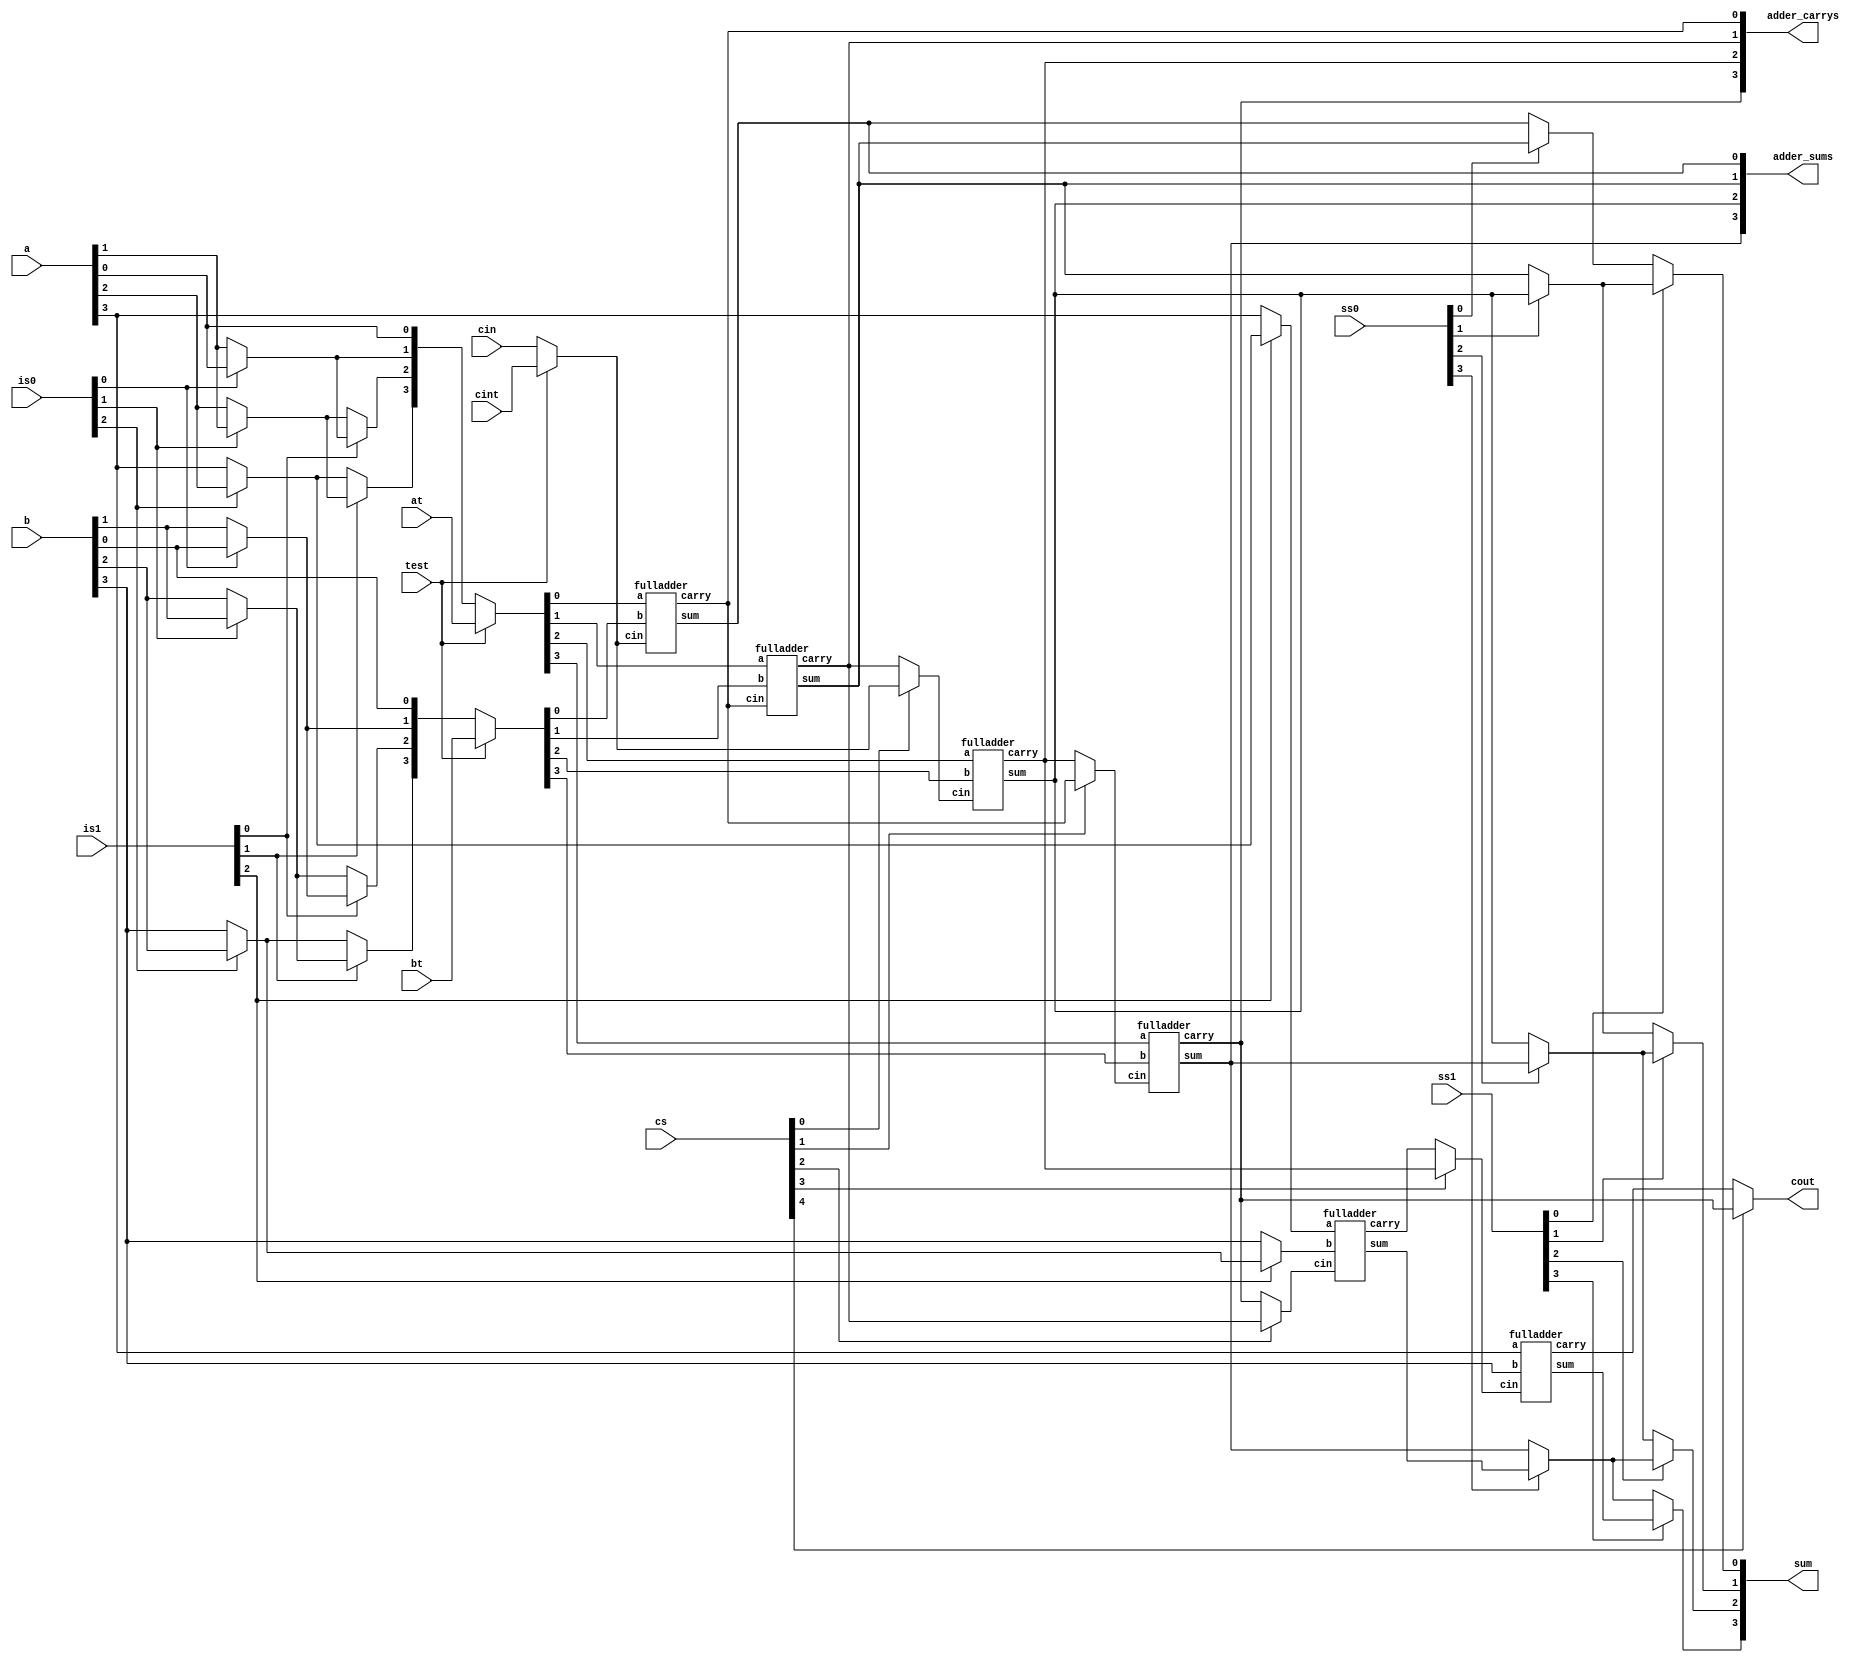
`timescale 1ns / 1ps

module rca_double(is0, is1, cs, ss0, ss1, a, b, cin, test, at, bt, cint, sum, cout, adder_sums, adder_carrys);
input wire [3:0]a, b;
input wire [3:0]at, bt;
input wire test, cin, cint;
input wire [2:0]is0, is1;
input wire [4:0]cs;
input wire [3:0]ss0, ss1;
output wire [3:0] sum;
output wire cout;
output wire [3:0]adder_sums, adder_carrys;

wire [3:0] test_muxa, test_muxb;
wire test_muxcin;
wire [2:0] s0_ina, s0_inb, s1_ina, s1_inb;
wire [5:0]s0_carry;
wire [4:0]s0_sum;
wire [5:0]fa_sum, fa_carry;
//Adder Outputs for Testing
assign adder_sums = fa_sum[3:0], adder_carrys = fa_carry[3:0];

//Stage 0 Input Selection
assign s0_ina[0] = is0[0]? a[0] : a[1],
    s0_inb[0] = is0[0]? b[0] : b[1],
    s0_ina[1] = is0[1]? a[1] : a[2],
    s0_inb[1] = is0[1]? b[1] : b[2],
    s0_ina[2] = is0[2]? a[2] : a[3],
    s0_inb[2] = is0[2]? b[2] : b[3];
//Stage 1 Input Selection
assign s1_ina[0] = is1[0]? s0_ina[0] : s0_ina[1],
    s1_inb[0] = is1[0]? s0_inb[0] : s0_inb[1],
    s1_ina[1] = is1[1]? s0_ina[1] : s0_ina[2],
    s1_inb[1] = is1[1]? s0_inb[1] : s0_inb[2],
    s1_ina[2] = is1[2]? s0_ina[2] : a[3],
    s1_inb[2] = is1[2]? s0_inb[2] : b[3];

//Test Input Selection
assign test_muxa = test? at : {s1_ina[1], s1_ina[0], s0_ina[0], a[0]},
    test_muxb = test? bt : {s1_inb[1], s1_inb[0], s0_inb[0], b[0]},
    test_muxcin = test? cint : cin;

//Stage 0 Carry Selection
assign s0_carry[0] = cs[0]? test_muxcin : fa_carry[1],
    s0_carry[1] = cs[1]? fa_carry[0] : fa_carry[2],
    s0_carry[2] = cs[2]? fa_carry[1] : fa_carry[3],
    s0_carry[3] = cs[3]? fa_carry[2] : fa_carry[4],
    s0_carry[4] = cs[4]? fa_carry[3] : fa_carry[5],
    cout = s0_carry[4];

//Full Adders
fulladder fa0(test_muxa[0], test_muxb[0], test_muxcin, fa_sum[0], fa_carry[0]);
fulladder fa1(test_muxa[1], test_muxb[1], fa_carry[0], fa_sum[1], fa_carry[1]);
fulladder fa2(test_muxa[2], test_muxb[2], s0_carry[0], fa_sum[2], fa_carry[2]);
fulladder fa3(test_muxa[3], test_muxb[3], s0_carry[1], fa_sum[3], fa_carry[3]);
fulladder fa4(s1_ina[2], s1_inb[2], s0_carry[2], fa_sum[4], fa_carry[4]);
fulladder fa5(a[3], b[3], s0_carry[3], fa_sum[5], fa_carry[5]);

//Stage 0 Output Selection
assign s0_sum[0] = ss0[0]? fa_sum[1] : fa_sum[0],
    s0_sum[1] = ss0[1]? fa_sum[2] : fa_sum[1],
    s0_sum[2] = ss0[2]? fa_sum[3] : fa_sum[2],
    s0_sum[3] = ss0[3]? fa_sum[4] : fa_sum[3];
//Stage 1 Output Selection
assign sum[0] = ss1[0]? s0_sum[1] : s0_sum[0],
    sum[1] = ss1[1]? s0_sum[2] : s0_sum[1],
    sum[2] = ss1[2]? s0_sum[3] : s0_sum[2],
    sum[3] = ss1[3]? fa_sum[5] : s0_sum[3];
endmodule


module fulladder(a, b, cin, sum, carry);
input a, b, cin;
output sum, carry;
wire w1,w2,w3;
xor x1(w1, a, b);
xor x2(sum, w1, cin);
and a3(w2, w1, cin);
and a4(w3, a, b);
or o5(carry, w2, w3);
endmodule